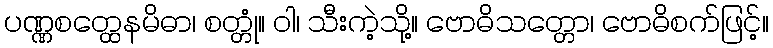
ပဏ္ဏစတ္ထေနမိဓာ၊ စတ္တုံ။ ဝါ၊ သီးကဲ့သို့။ ဗောဓိသတ္တော၊ ဗောဓိစက်ဖြင့်။